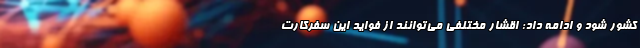
کشور شود و ادامه داد: اقشار مختلفی می‌توانند از فواید این سفرکارت